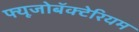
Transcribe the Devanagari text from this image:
फ्यूजोबॅक्टेरियम